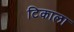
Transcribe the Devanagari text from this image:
टिकाला